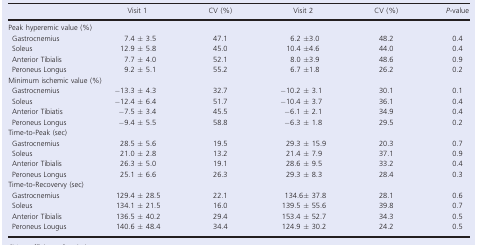
<table><thead><tr><td></td><td><b>Visit 1</b></td><td><b>CV (%)</b></td><td><b>Visit 2</b></td><td><b>CV (%)</b></td><td><b><i>P</i>‐value</b></td></tr></thead><tbody><tr><td colspan="6">Peak hyperemic value (%)</td></tr><tr><td>Gastrocnemius</td><td>7.4 ± 3.5</td><td>47.1</td><td>6.2 ±3.0</td><td>48.2</td><td>0.4</td></tr><tr><td>Soleus</td><td>12.9 ± 5.8</td><td>45.0</td><td>10.4 ±4.6</td><td>44.0</td><td>0.4</td></tr><tr><td>Anterior Tibialis</td><td>7.7 ± 4.0</td><td>52.1</td><td>8.0 ±3.9</td><td>48.6</td><td>0.9</td></tr><tr><td>Peroneus Longus</td><td>9.2 ± 5.1</td><td>55.2</td><td>6.7 ±1.8</td><td>26.2</td><td>0.2</td></tr><tr><td colspan="6">Minimum ischemic value (%)</td></tr><tr><td>Gastrocnemius</td><td>−13.3 ± 4.3</td><td>32.7</td><td>−10.2 ± 3.1</td><td>30.1</td><td>0.1</td></tr><tr><td>Soleus</td><td>−12.4 ± 6.4</td><td>51.7</td><td>−10.4 ± 3.7</td><td>36.1</td><td>0.4</td></tr><tr><td>Anterior Tibiatis</td><td>−7.5 ± 3.4</td><td>45.5</td><td>−6.1 ± 2.1</td><td>34.9</td><td>0.4</td></tr><tr><td>Peroneus Longus</td><td>−9.4 ± 5.5</td><td>58.8</td><td>−6.3 ± 1.8</td><td>29.5</td><td>0.2</td></tr><tr><td colspan="6">Time‐to‐Peak (sec)</td></tr><tr><td>Gastrocnemius</td><td>28.5 ± 5.6</td><td>19.5</td><td>29.3 ± 15.9</td><td>20.3</td><td>0.7</td></tr><tr><td>Soleus</td><td>21.0 ± 2.8</td><td>13.2</td><td>21.4 ± 7.9</td><td>37.1</td><td>0.9</td></tr><tr><td>Anterior Tibialis</td><td>26.3 ± 5.0</td><td>19.1</td><td>28.6 ± 9.5</td><td>33.2</td><td>0.4</td></tr><tr><td>Peroneus Longus</td><td>25.1 ± 6.6</td><td>26.3</td><td>29.3 ± 8.3</td><td>28.4</td><td>0.3</td></tr><tr><td colspan="6">Time‐to‐Recovervy (sec)</td></tr><tr><td>Gastrocnemius</td><td>129.4 ± 28.5</td><td>22.1</td><td>134.6± 37.8</td><td>28.1</td><td>0.6</td></tr><tr><td>Soleus</td><td>134.1 ± 21.5</td><td>16.0</td><td>139.5 ± 55.6</td><td>39.8</td><td>0.7</td></tr><tr><td>Anterior Tibialis</td><td>136.5 ± 40.2</td><td>29.4</td><td>153.4 ± 52.7</td><td>34.3</td><td>0.5</td></tr><tr><td>Peroneus Lougus</td><td>140.6 ± 48.4</td><td>34.4</td><td>124.9 ± 30.2</td><td>24.2</td><td>0.5</td></tr></tbody></table>